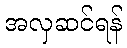
အလှဆင်ရန်